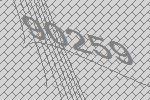
90259